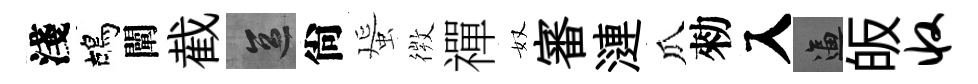
淺鴣闡截區尙蜑𢕄禪奴審漣瓜勑入逼皈收